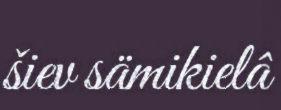
šiev sämikielâ